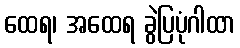
ထေရ၊ အထေရ ခွဲပြပုံဂါထာ